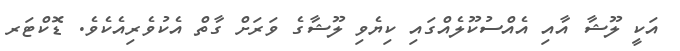
އަކީ ލޫޝާ އާއި އެއްސުކޫލެއްގައި ކިޔެވި ލޫޝާގެ ވަރަށް ގާތް އެކުވެރިއެކެވެ. ޑޮކްޓަރ